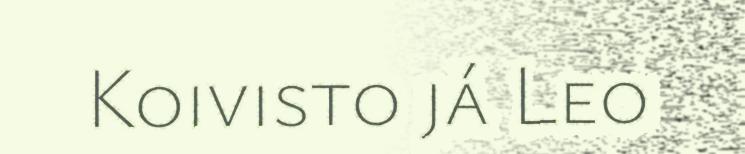
Koivisto já Leo